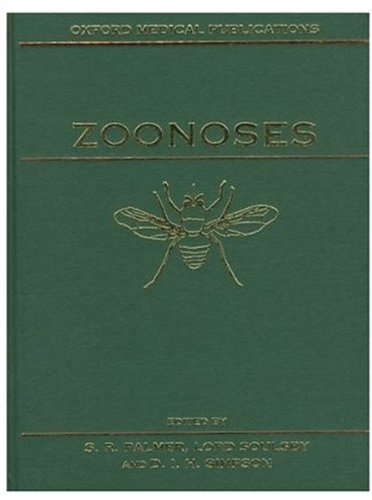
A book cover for Zoonoses: Biology, Clinical Practice, and Public Health Control (Oxford Medical Publications); Medical Books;